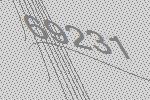
69231